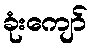
ခုံးကျော်